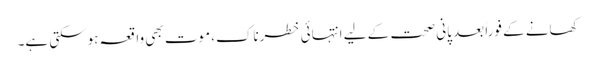
کھانے کے فوراً بعد پانی صحت کے لیے انتہائی خطرناک، موت بھی واقعہ ہوسکتی ہے۔